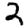
Digit: 2